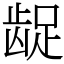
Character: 龊